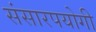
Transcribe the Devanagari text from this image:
संसारपयोगी